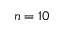
n = 1 0